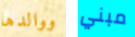
ووالدها مبني